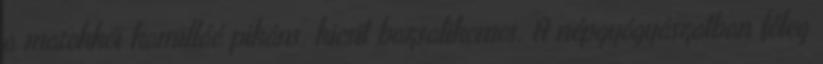
a marokkói kamilláé pikáns, kicsit bazsalikomos. A népgyógyászatban főleg